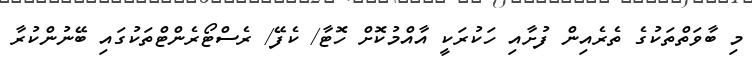
މި ބާވަތްތަކުގެ ތެރެއިން ފުށާއި ހަކުރަކީ އާއްމުކޮށް ހޮޓާ/ ކެފޭ/ ރެސްޓޯރެންޓްތަކުގައި ބޭނުންކުރާ